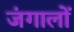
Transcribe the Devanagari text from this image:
जंगालों